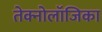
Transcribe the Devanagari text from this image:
तेक्नोलॉजिका